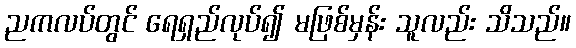
ညကလပ်တွင် ရေရှည်လုပ်၍ မဖြစ်မှန်း သူလည်း သိသည်။